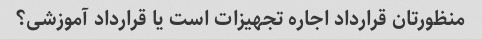
منظورتان قرارداد اجاره تجهیزات است یا قرارداد آموزشی؟